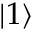
| 1 \rangle